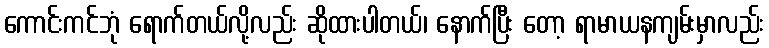
ကောင်းကင်ဘုံ ရောက်တယ်လို့လည်း ဆိုထားပါတယ်၊ နောက်ပြီး တော့ ရာမာယနကျမ်းမှာလည်း